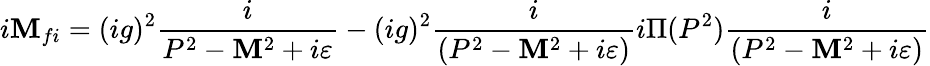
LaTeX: i{\cal\mathbf{M}}_{fi}=(ig)^{2}{\frac{{i}}{{P^{2}-\mathbf{M}^{2}+i\varepsilon}}}-(ig)^{2}{\frac{{i}}{{(P^{2}-\mathbf{M}^{2}+i\varepsilon)}}}i\Pi(P^{2}){\frac{{i}}{{(P^{2}-\mathbf{M}^{2}+i\varepsilon)}}}